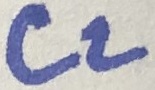
Text: C2